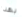
بهذا